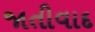
જાતીવાદ